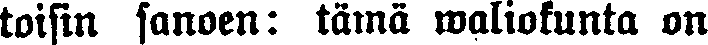
toisin sanoen: tämä waliokunta on